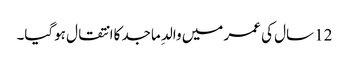
12 سال کی عمر میں والدِ ماجد کاانتقال ہوگیا۔